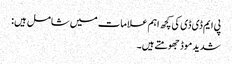
پی ایم ڈی ڈی کی کچھ اہم علامات میں شامل ہیں:
شدید موڈ جھومتے ہیں۔